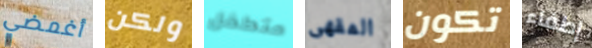
أغمضي ولكن متطفل المقهى تكون إطفاء